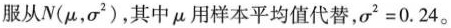
服从N(μ，σ^{2})，其中μ用样本平均值代替，$$σ ^ { 2 } = 0 . 2 4$$。